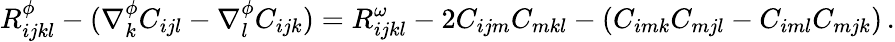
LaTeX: R_{ijkl}^{\phi}-(\nabla_{k}^{\phi}C_{ijl}-\nabla_{l}^{\phi}C_{ijk})=R_{ijkl}^{\omega}-2C_{ijm}C_{mkl}-(C_{imk}C_{mjl}-C_{iml}C_{mjk})\, .